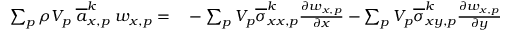
\begin{array} { r l } { \sum _ { p } \rho V _ { p } \; \overline { { a } } _ { x , p } ^ { k } \; w _ { x , p } = } & { { } - \sum _ { p } V _ { p } \overline { { \sigma } } _ { x x , p } ^ { k } \frac { \partial w _ { x , p } } { \partial x } - \sum _ { p } V _ { p } \overline { { \sigma } } _ { x y , p } ^ { k } \frac { \partial w _ { x , p } } { \partial y } } \end{array}